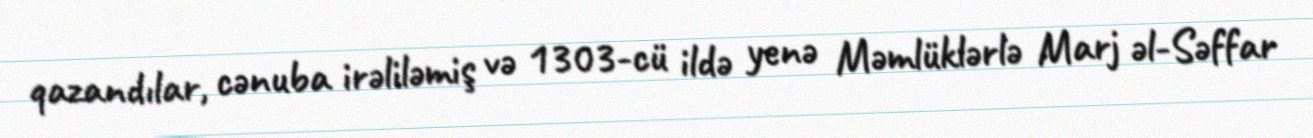
qazandılar, cənuba irəliləmiş və 1303-cü ildə yenə Məmlüklərlə Marj əl-Səffar